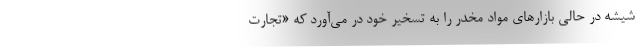
شیشه در حالی بازارهای مواد مخدر را به تسخیر خود در می‌آورد که «تجارت